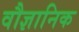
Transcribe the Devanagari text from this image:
वौज्ञानिक